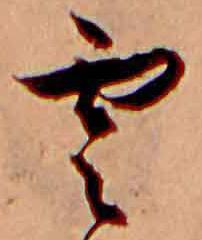
雲